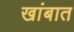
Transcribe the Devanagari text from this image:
खांबात